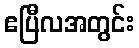
ဧပြီလအတွင်း